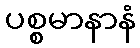
ပစ္စမာနာနံ